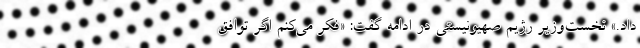
داد.» نخست‌وزیر رژیم صهیونیستی در ادامه گفت: «فکر می‌کنم اگر توافق